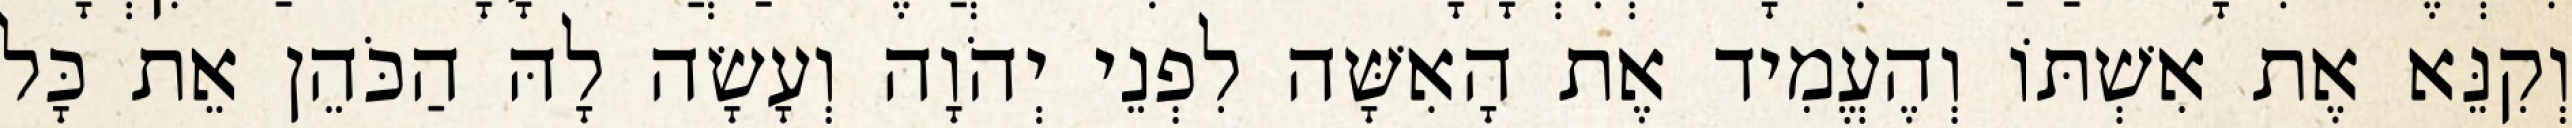
וְקִנֵּא אֶת אִשְׁתּוֹ וְהֶעֱמִיד אֶת הָאִשָּׁה לִפְנֵי יְהֹוָה וְעָשָׂה לָהּ הַכֹּהֵן אֵת כָּל